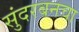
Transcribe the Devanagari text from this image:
सुंदरबनचा